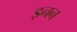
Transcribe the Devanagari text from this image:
इनन